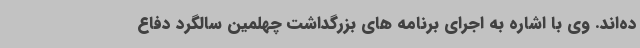
ده‌اند. وی با اشاره به اجرای برنامه های بزرگداشت چهلمین سالگرد دفاع